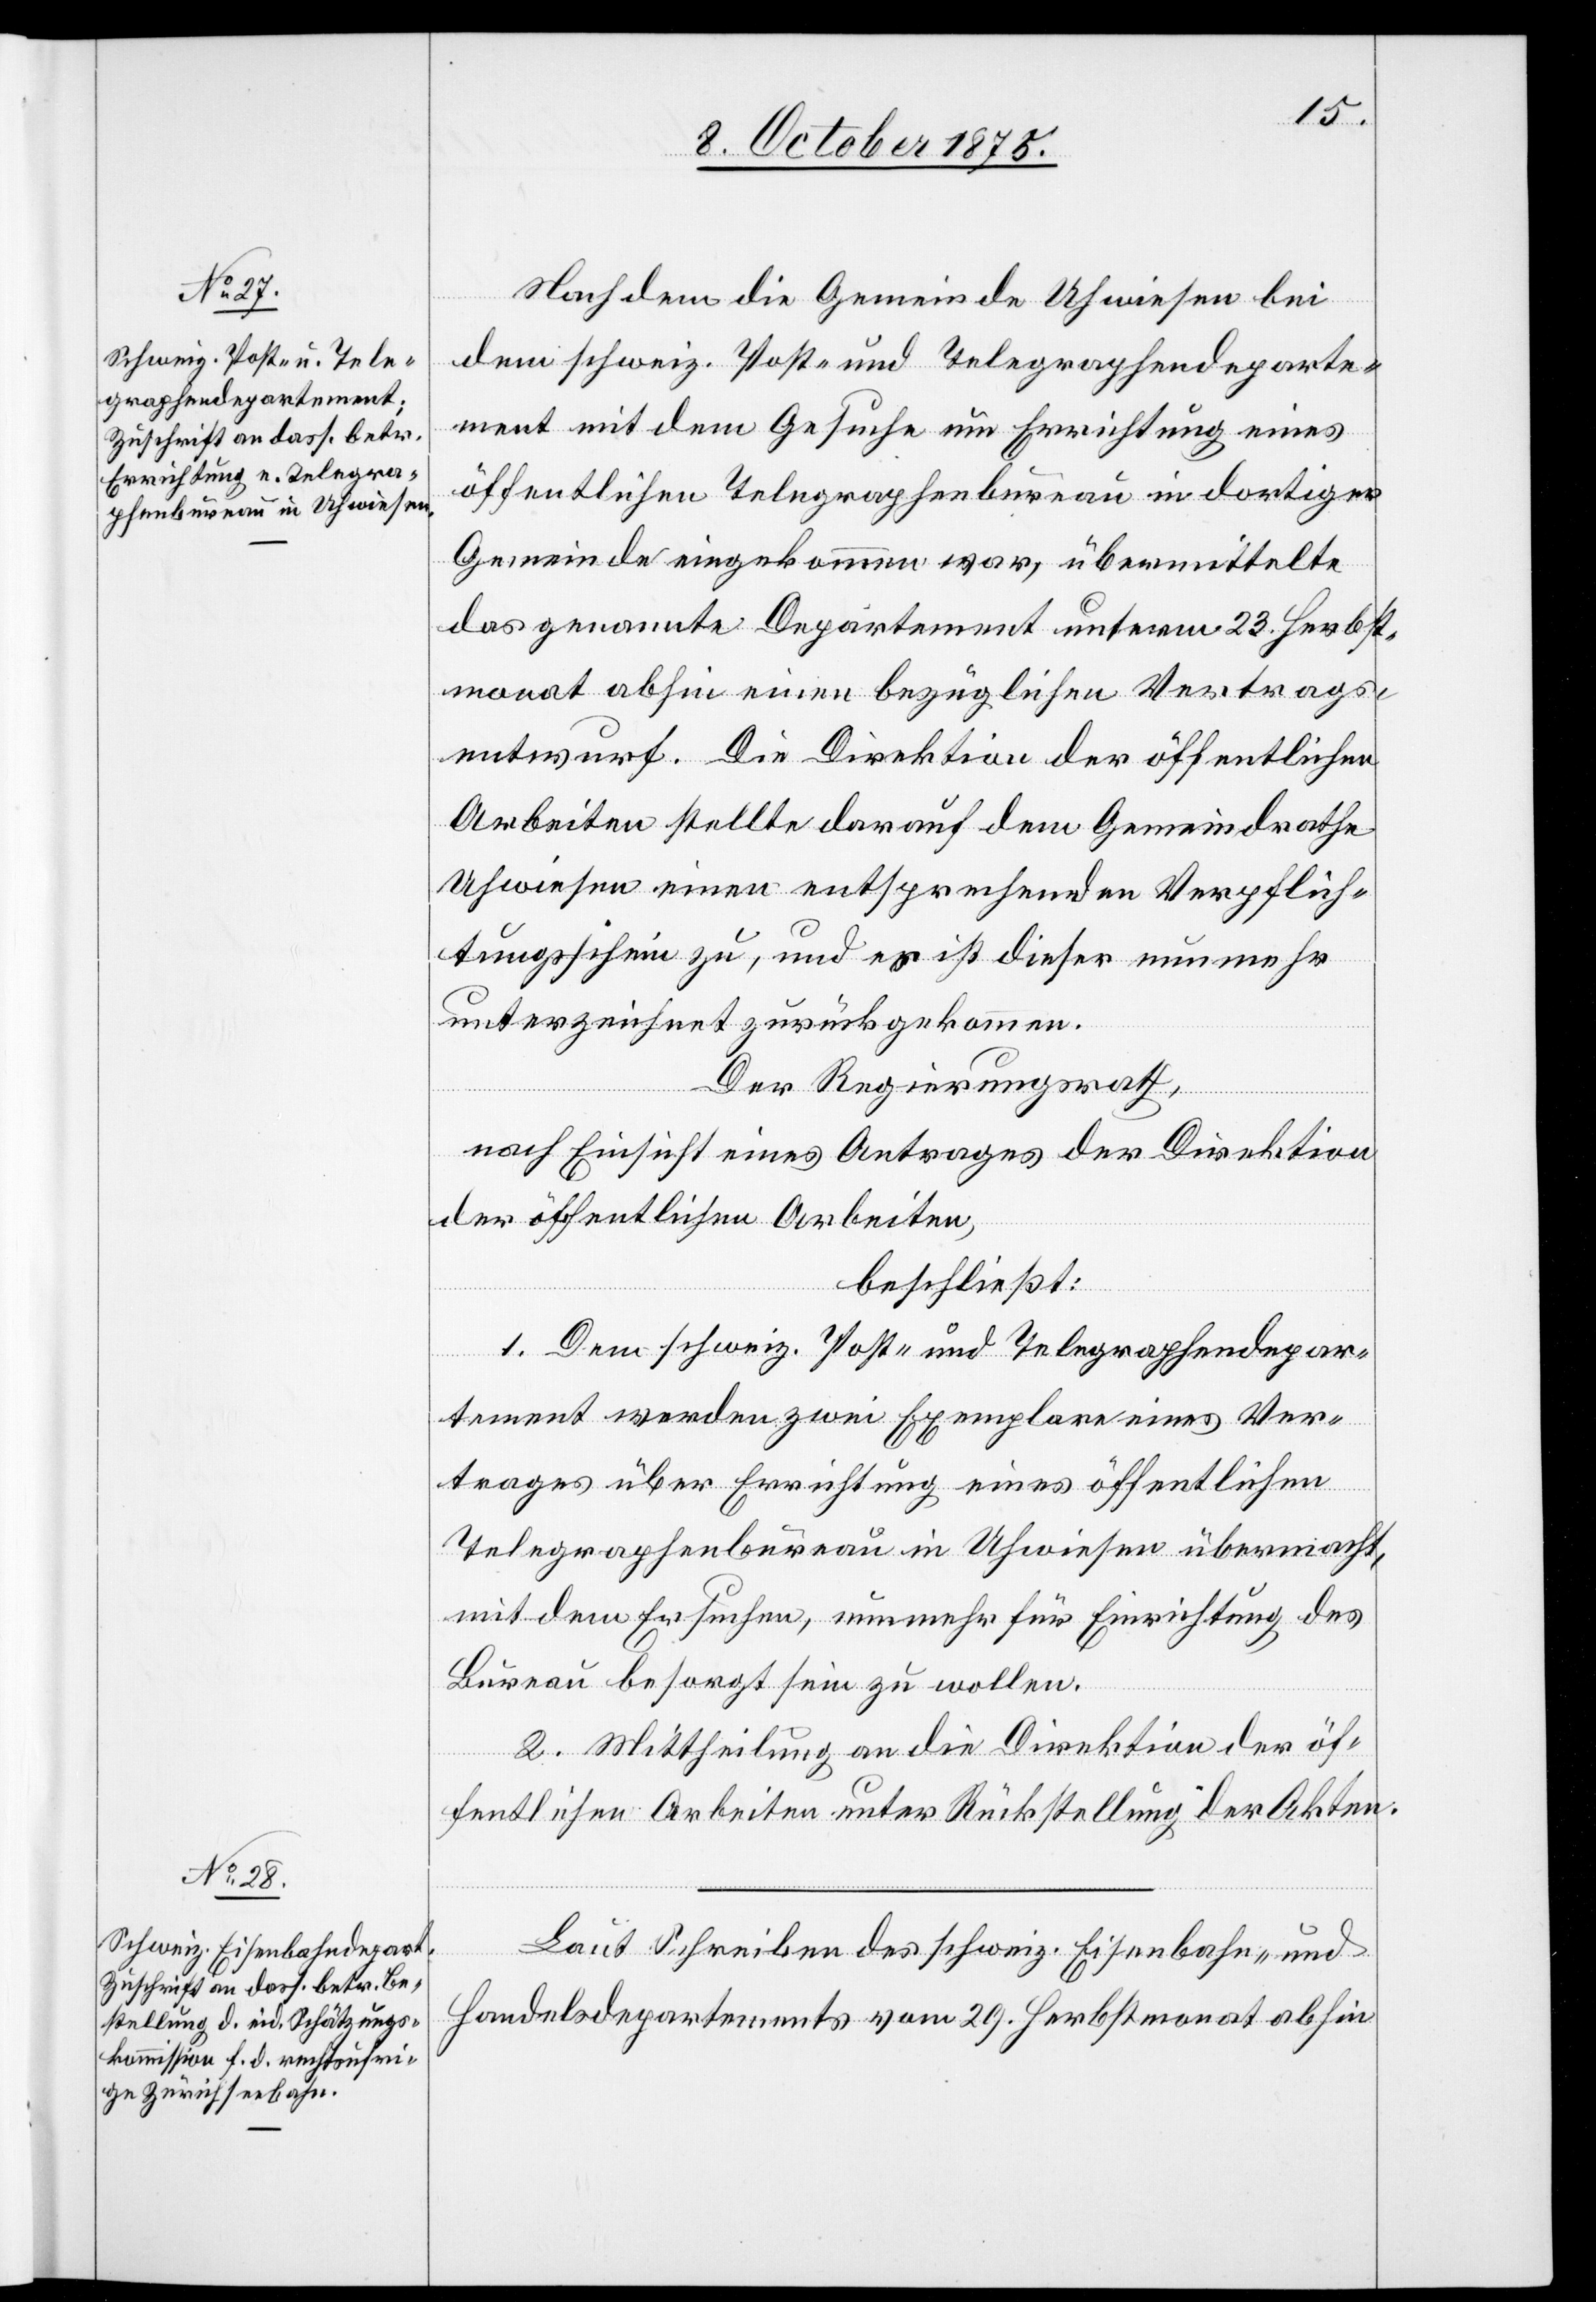
Nachdem die Gemeinde Uhwiesen bei
dem schweiz. Post- und Telegraphendeparte¬
ment mit dem Gesuche um Errichtung eines
öffentlichen Telegraphenbureau in dortiger
Gemeinde eingekommen war, übermittelte
das genannte Departement unterm 23. Herbst¬
monat abhin einen bezüglichen Vertrags¬
entwurf. Die Direktion der öffentlichen
Arbeiten stellte darauf dem Gemeindrathe
Uhwiesen einen entsprechenden Verpflich¬
tungsschein zu, und es ist dieser nunmehr
unterzeichnet zurückgekommen.
Der Regierungsrath,
nach Einsicht eines Antrages der Direktion
der öffentlichen Arbeiten,
beschließt:
1. Der, schweiz. Post- und Telegraphendepar¬
tement werden zwei Exemplare eines Ver¬
trages über Errichtung eines öffentlichen
Telegraphenbureau in Uhwiesen übermacht,
mit dem Ersuchen, nunmehr für Einrichtung des
Bureau besorgt sein zu wollen.
2. Mittheilung an die Direktion der öf¬
fentlichen Arbeiten unter Rückstellung der Akten.
Laut Schreiben des schweiz. Eisenbahn- und
Handelsdepartements vom 29. Herbstmonat abhin